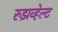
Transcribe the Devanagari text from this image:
रुझव्हेल्ट